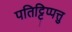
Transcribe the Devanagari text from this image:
पतिट्टिप्पत्तु